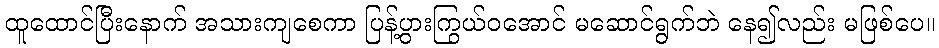
ထူထောင်ပြီးနောက် အသားကျစေကာ ပြန့်ပွားကြွယ်ဝအောင် မဆောင်ရွက်ဘဲ နေ၍လည်း မဖြစ်ပေ။